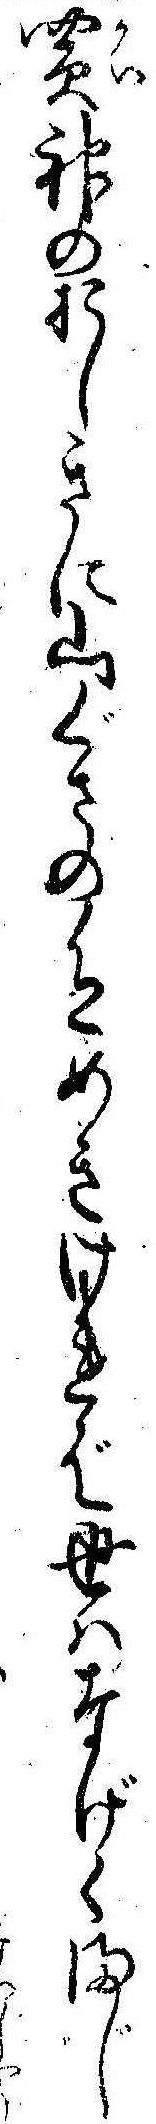
買神のおしきに山ぐさの色めきければ世はなげくまじ